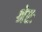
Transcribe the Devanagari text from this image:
श्रेष्टः